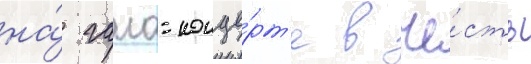
на́ гала-конце́рт'е в че́сть